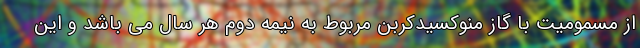
از مسمومیت با گاز منوکسیدکربن مربوط به نیمه دوم هر سال می باشد و این